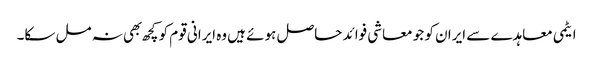
ایٹمی معاہدے سے ایران کو جو معاشی فوائد حاصل ہوئے ہیں وه ایرانی قوم کو کچھ بهی نہ مل سکا۔